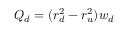
Q _ { d } = ( r _ { d } ^ { 2 } - r _ { u } ^ { 2 } ) w _ { d }